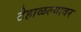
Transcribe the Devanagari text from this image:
टेहाळल्यावर